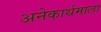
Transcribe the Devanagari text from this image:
अनेकार्थमाला